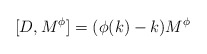
\begin{align*}\lbrack D,M^{\phi }]=(\phi (k)-k)M^{\phi } \end{align*}